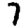
Digit: 7